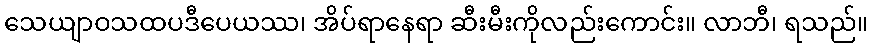
သေယျာဝသထပဒီပေယဿ၊ အိပ်ရာနေရာ ဆီးမီးကိုလည်းကောင်း။ လာဘီ၊ ရသည်။